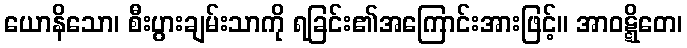
ယောနိသော၊ စီးပွားချမ်းသာကို ရခြင်း၏အကြောင်းအားဖြင့်။ အာဝဋ္ဋိတေ၊